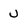
Character: U